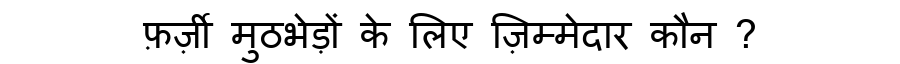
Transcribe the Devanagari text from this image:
फ़र्ज़ी मुठभेड़ों के लिए ज़िम्मेदार कौन ?